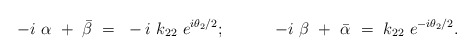
\begin{align*}-i ~\alpha ~+~ \bar{\beta} ~=~ -i ~k_{22} ~e^{i \theta _2 /2}; \hspace{.5in}-i ~\beta ~+~ \bar{\alpha} ~=~ k_{22} ~e^{-i \theta _2 /2}.\end{align*}